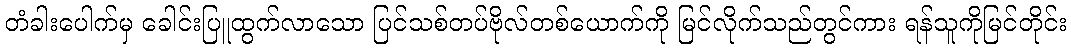
တံခါးပေါက်မှ ခေါင်းပြူထွက်လာသော ပြင်သစ်တပ်ဗိုလ်တစ်ယောက်ကို မြင်လိုက်သည်တွင်ကား ရန်သူကိုမြင်တိုင်း